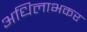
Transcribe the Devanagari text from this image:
अधिलाभकर